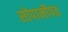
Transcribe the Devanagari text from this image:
सोपानीपत